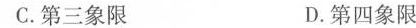
C.第三象限D.第四象限